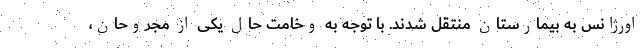
اورژانس به بیمارستان منتقل شدند. با توجه به وخامت حال یکی از مجروحان،